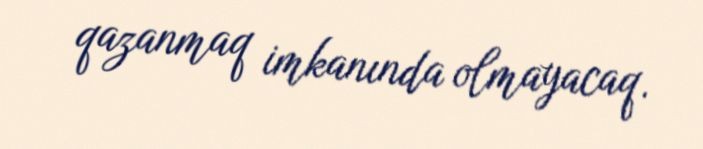
qazanmaq imkanında olmayacaq.